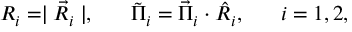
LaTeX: R _ { i } = \mid \vec { R } _ { i } \mid , \; \; \; \; \; \; \tilde { \Pi } _ { i } = \vec { \Pi } _ { i } \cdot \hat { R } _ { i } , \; \; \; \; \; \; i = 1 , 2 ,